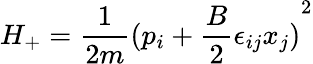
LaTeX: H_{+}=\frac{1}{2m}{(p_{i}+\frac{B}{2}\epsilon_{ij}x_{j})}^{2}